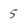
Character: 5